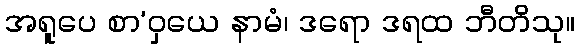
အရူပေ စာ’ဝှယေ နာမံ၊ ဒရော ဒရထ ဘီတိသု။